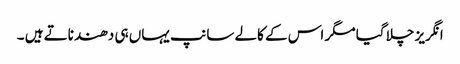
انگریز چلا گیا مگر اس کے کالے سانپ یہاں ہی دھندناتے ہیں ۔